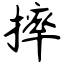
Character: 摔